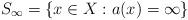
LaTeX: \begin{align*}S_\infty = \{x\in X: a(x)=\infty\}\end{align*}